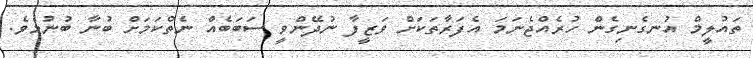
ތައުލީމް އުނގެނިގެން ހުރެއްޖެނަމަ އެފަރާތަކަށް ވަޒީފާ ނުދޭންވީ ސަބަބެއް ނެތްކަމަށް ބުނާ ބުނުމެވެ.